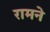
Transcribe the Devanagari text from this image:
रामने